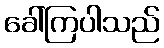
ခေါ်ကြပါသည်